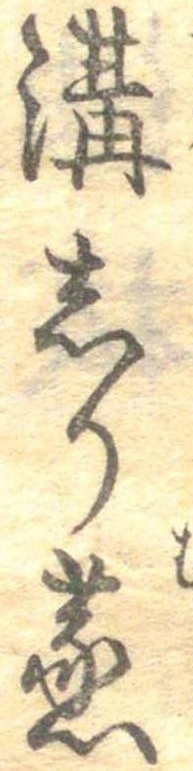
溝しり蒸